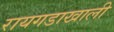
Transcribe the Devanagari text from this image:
रायगडाखाली